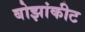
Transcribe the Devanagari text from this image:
बोझांकीट